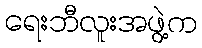
ရေးဘီလူးအဖွဲ့က